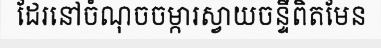
ដែរនៅចំណុចចម្ការស្វាយចន្ទីពិតមែន